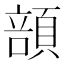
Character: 䫓